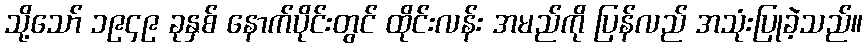
သို့သော် ၁၉၄၉ ခုနှစ် နောက်ပိုင်းတွင် ထိုင်းလန်း အမည်ကို ပြန်လည် အသုံးပြုခဲ့သည်။